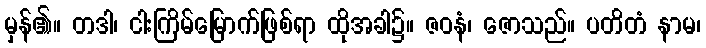
မှန်၏။ တဒါ၊ ငါးကြိမ်မြောက်ဖြစ်ရာ ထိုအခါ၌။ ဇဝနံ၊ ဇောသည်။ ပတိတံ နာမ၊